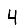
Digit: 4